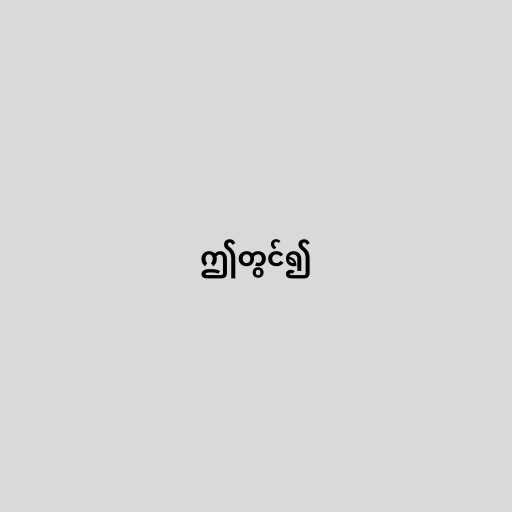
ဤတွင်၍